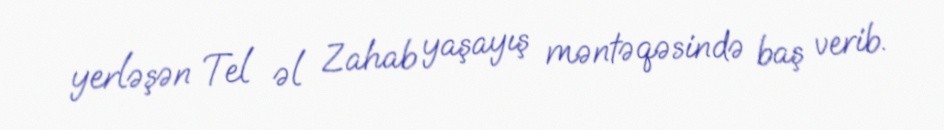
yerləşən Tel əl Zahab yaşayış məntəqəsində baş verib.